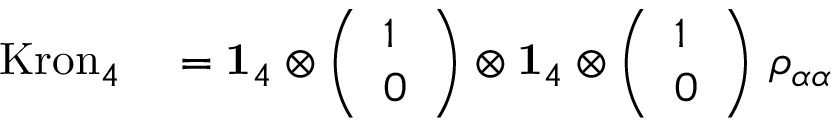
\begin{array} { r l } { \mathrm { K r o n } _ { 4 } } & { { } = \mathbf { 1 } _ { 4 } \otimes \left( \begin{array} { l } { 1 } \\ { 0 } \end{array} \right) \otimes \mathbf { 1 } _ { 4 } \otimes \left( \begin{array} { l } { 1 } \\ { 0 } \end{array} \right) \, \rho _ { \alpha \alpha } } \end{array}